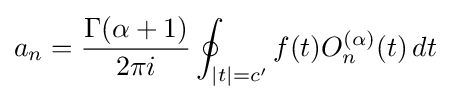
a_{n}={\frac {\Gamma (\alpha +1)}{2\pi i}}\oint _{|t|=c'}f(t)O_{n}^{(\alpha )}(t)\,dt